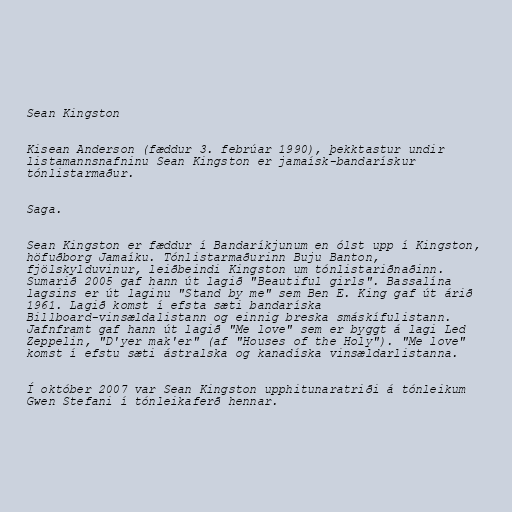
Sean Kingston

Kisean Anderson (fæddur 3. febrúar 1990), þekktastur undir
listamannsnafninu Sean Kingston er jamaísk-bandarískur
tónlistarmaður.

Saga.

Sean Kingston er fæddur í Bandaríkjunum en ólst upp í Kingston,
höfuðborg Jamaíku. Tónlistarmaðurinn Buju Banton,
fjölskylduvinur, leiðbeindi Kingston um tónlistariðnaðinn.
Sumarið 2005 gaf hann út lagið "Beautiful girls". Bassalína
lagsins er út laginu "Stand by me" sem Ben E. King gaf út árið
1961. Lagið komst í efsta sæti bandaríska
Billboard-vinsældalistann og einnig breska smáskífulistann.
Jafnframt gaf hann út lagið "Me love" sem er byggt á lagi Led
Zeppelin, "D'yer mak'er" (af "Houses of the Holy"). "Me love"
komst í efstu sæti ástralska og kanadíska vinsældarlistanna.

Í október 2007 var Sean Kingston upphitunaratriði á tónleikum
Gwen Stefani í tónleikaferð hennar.